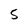
Character: 5